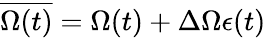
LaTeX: \overline{{\Omega(t)}}=\Omega(t)+\Delta\Omega\epsilon(t)